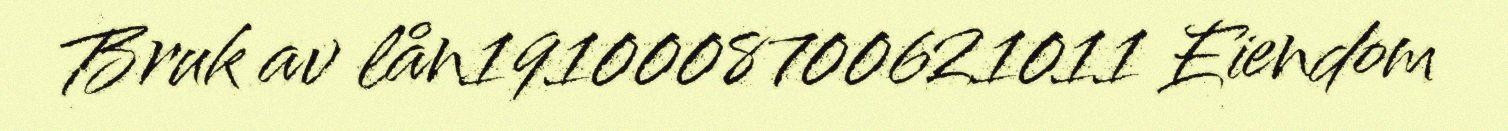
Bruk av lån1910008700621011 Eiendom